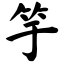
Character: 竽